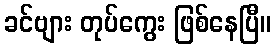
ခင်ဗျား တုပ်ကွေး ဖြစ်နေပြီ။